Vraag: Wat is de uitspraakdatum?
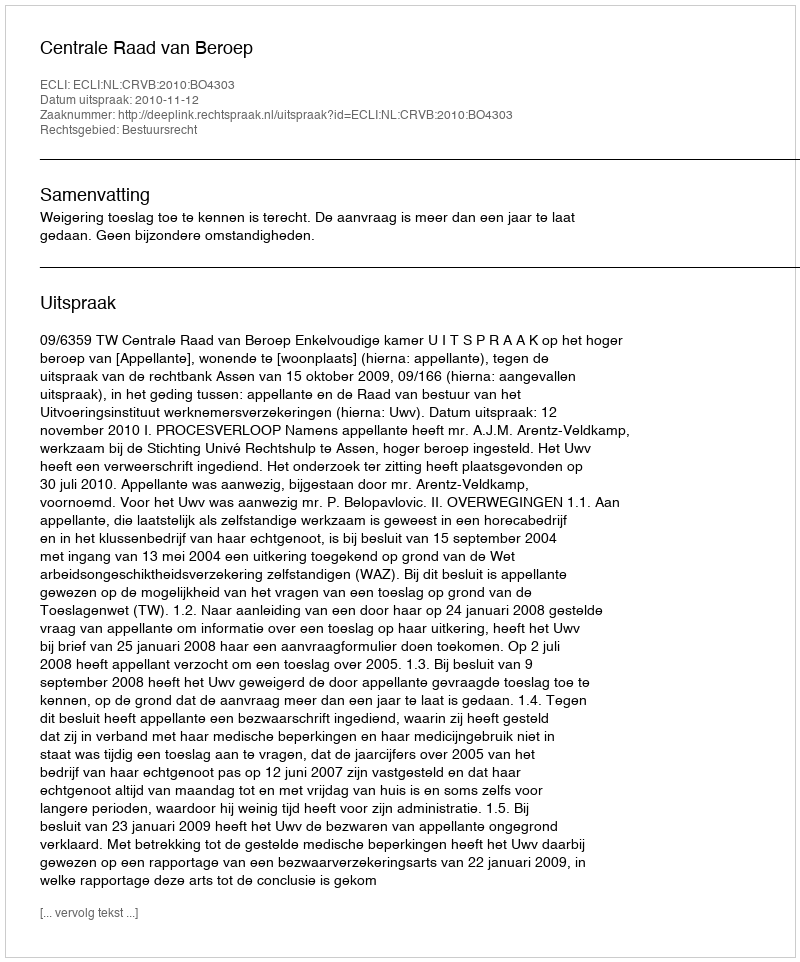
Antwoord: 2010-11-12